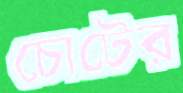
চোটের